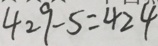
4 2 9 - 5 = 4 2 4